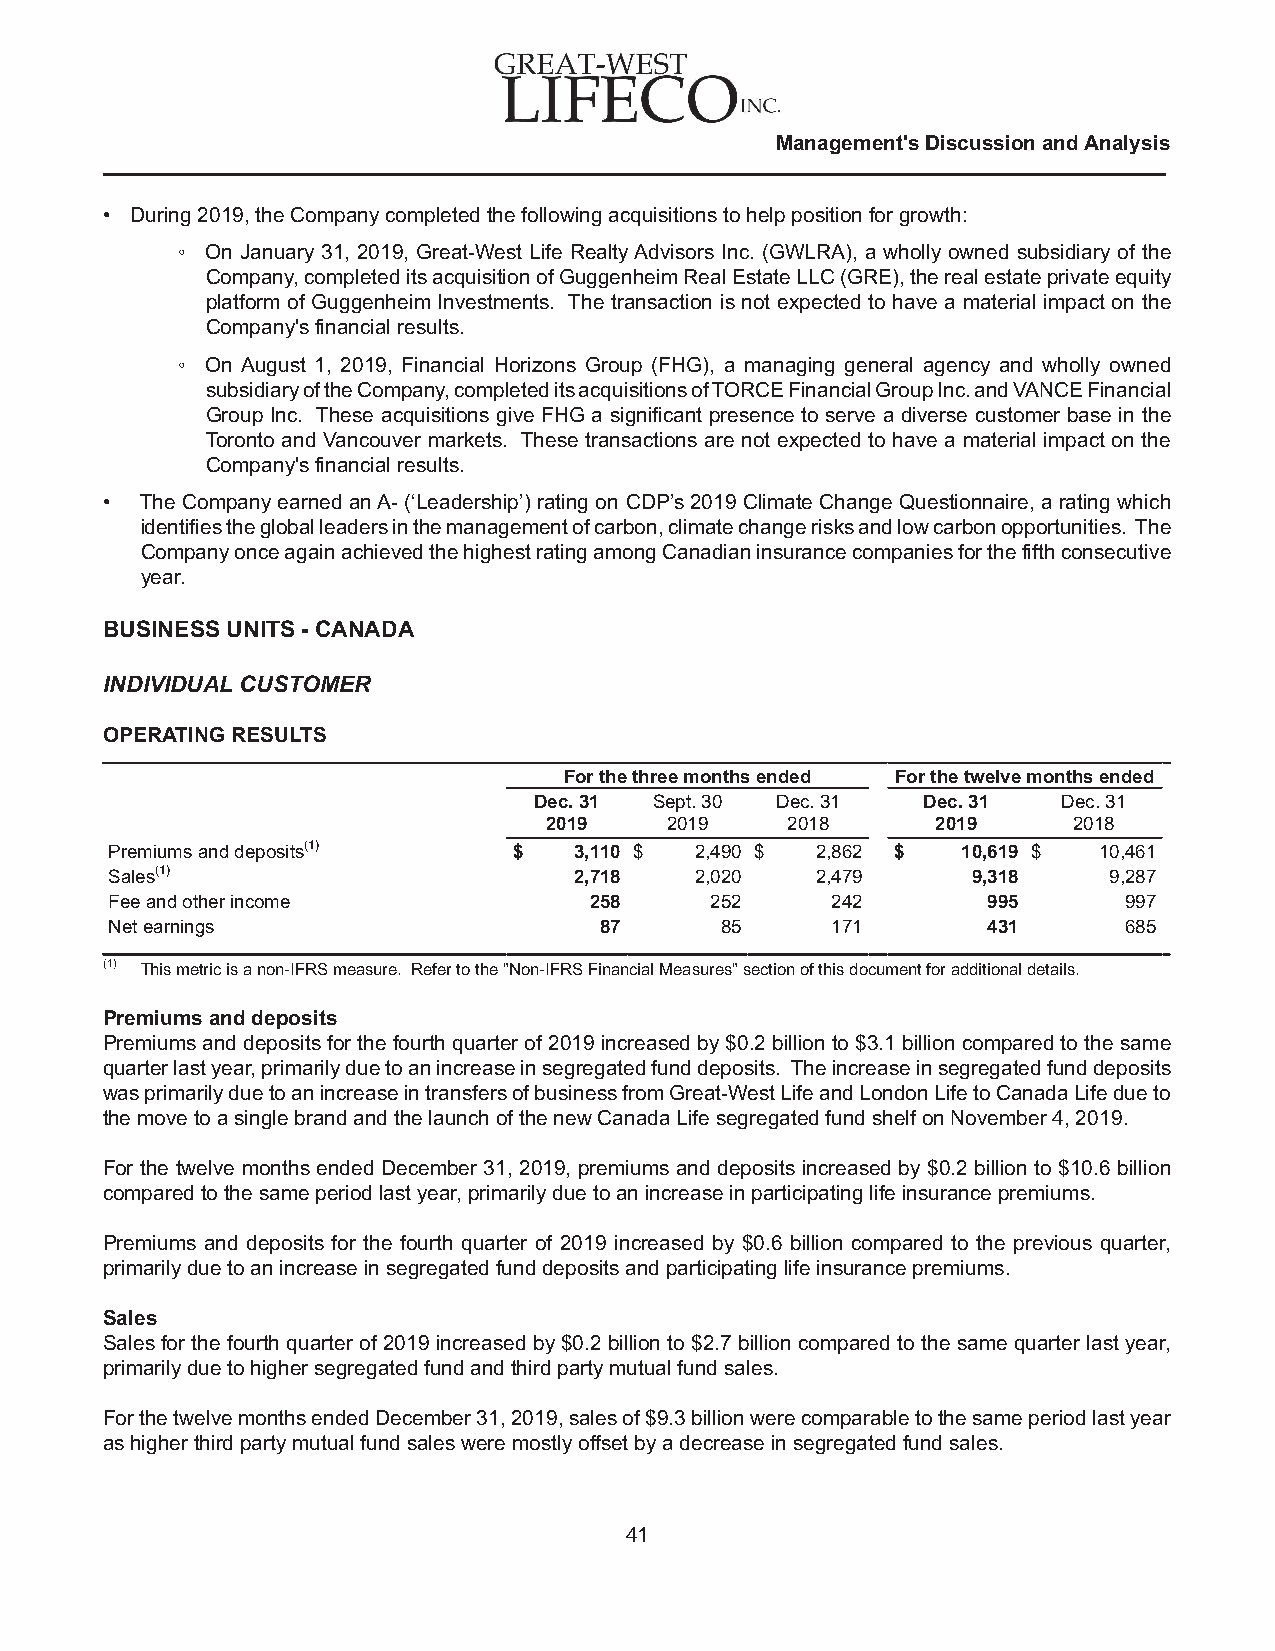
Management's Discussion and Analysis
 • During 2019, the Company completed the following acquisitions to help position for growth:
 ◦ On January 31, 2019, Great-West Life Realty Advisors Inc. (GWLRA), a wholly owned subsidiary of the
 Company, completed its acquisition of Guggenheim Real Estate LLC (GRE), the real estate private equity
 platform of Guggenheim Investments. The transaction is not expected to have a material impact on the
 Company's financial results.
 ◦ On August 1, 2019, Financial Horizons Group (FHG), a managing general agency and wholly owned
 subsidiary of the Company, completed its acquisitions of TORCE Financial Group Inc. and VANCE Financial
 Group Inc. These acquisitions give FHG a significant presence to serve a diverse customer base in the
 Toronto and Vancouver markets. These transactions are not expected to have a material impact on the
 Company's financial results.
 • The Company earned an A- (‘Leadership’) rating on CDP’s 2019 Climate Change Questionnaire, a rating which
 identifies the global leaders in the management of carbon, climate change risks and low carbon opportunities. The
 Company once again achieved the highest rating among Canadian insurance companies for the fifth consecutive
 year.
 BUSINESS UNITS - CANADA
 INDIVIDUAL CUSTOMER
 OPERATING RESULTS
 For the three months ended For the twelve months ended
 Dec. 31 Sept. 30 Dec. 31  Dec. 31  Dec. 31
 2019    2019    2018      2019     2018
 Premiums and deposits(1)   $   3,110 $ 2,490 $ 2,862 $   10,619 $ 10,461
 Sales(1)                       2,718   2,020   2,479     9,318    9,287
 Fee and other income            258     252     242       995      997
 Net earnings                     87      85     171       431      685
 (1) This metric is a non-IFRS measure. Refer to the "Non-IFRS Financial Measures" section of this document for additional details.
 Premiums and deposits
 Premiums and deposits for the fourth quarter of 2019 increased by $0.2 billion to $3.1 billion compared to the same
 quarter last year, primarily due to an increase in segregated fund deposits. The increase in segregated fund deposits
 was primarily due to an increase in transfers of business from Great-West Life and London Life to Canada Life due to
 the move to a single brand and the launch of the new Canada Life segregated fund shelf on November 4, 2019.
 For the twelve months ended December 31, 2019, premiums and deposits increased by $0.2 billion to $10.6 billion
 compared to the same period last year, primarily due to an increase in participating life insurance premiums.
 Premiums and deposits for the fourth quarter of 2019 increased by $0.6 billion compared to the previous quarter,
 primarily due to an increase in segregated fund deposits and participating life insurance premiums.
 Sales
 Sales for the fourth quarter of 2019 increased by $0.2 billion to $2.7 billion compared to the same quarter last year,
 primarily due to higher segregated fund and third party mutual fund sales.
 For the twelve months ended December 31, 2019, sales of $9.3 billion were comparable to the same period last year
 as higher third party mutual fund sales were mostly offset by a decrease in segregated fund sales.
 41